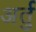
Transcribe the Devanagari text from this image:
अर्तु